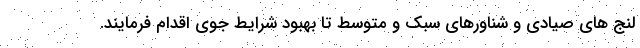
لنج های صیادی و شناورهای سبک و متوسط تا بهبود شرایط جوی اقدام فرمایند.